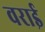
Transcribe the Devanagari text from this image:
वराई